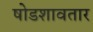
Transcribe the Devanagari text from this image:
षोडशावतार